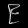
Digit: ၉